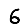
Digit: 6